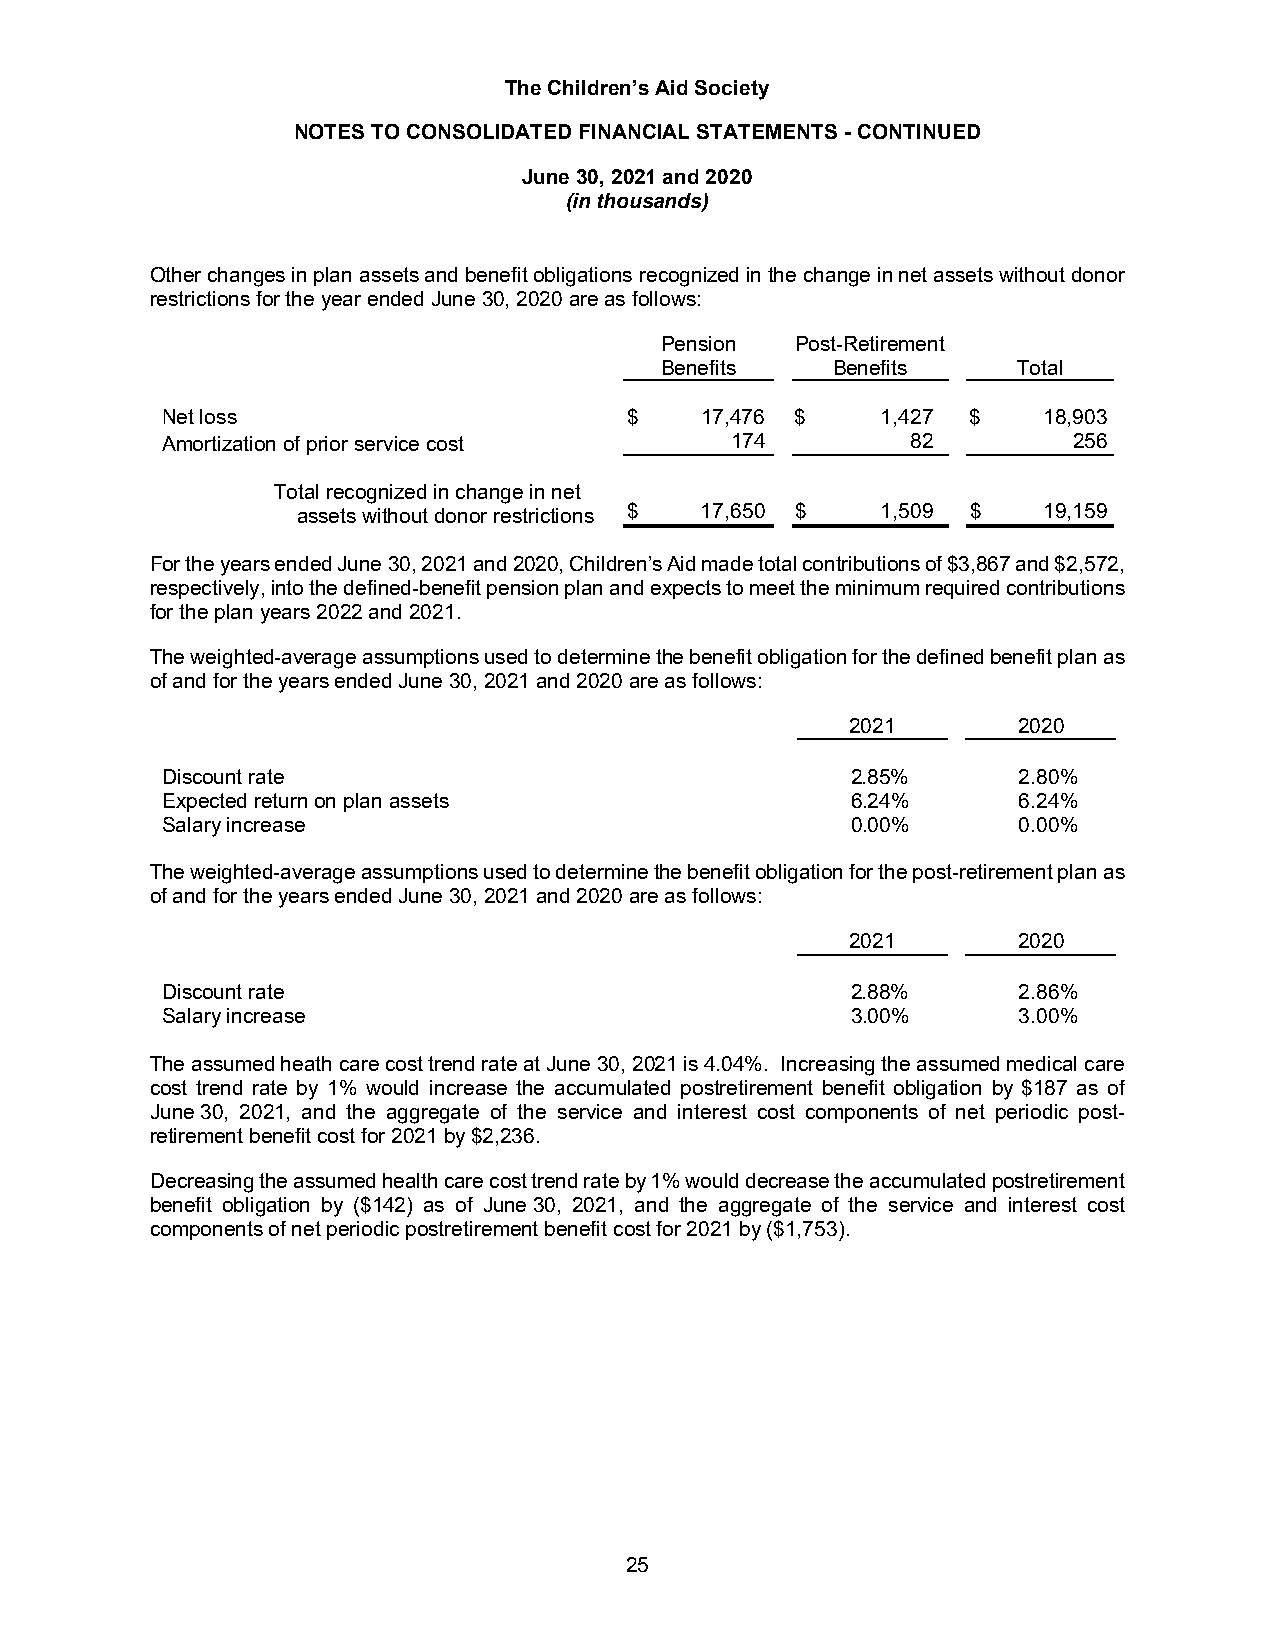
The Children’s Aid Society
 NOTES TO CONSOLIDATED FINANCIAL STATEMENTS - CONTINUED
 June 30, 2021 and 2020
 (in thousands)
 Other changes in plan assets and benefit obligations recognized in the change in net assets without donor
 restrictions for the year ended June 30, 2020 are as follows:
 Pension  Post-Retirement
 Benefits   Benefits    Total
 Net loss                       $   17,476 $    1,427 $    18,903
 Amortization of prior service cost   174         82         256
 Total recognized in change in net
 assets without donor restrictions $ 17,650 $ 1,509 $ 19,159
 For the years ended June 30, 2021 and 2020, Children’s Aid made total contributions of $3,867 and $2,572,
 respectively, into the defined-benefit pension plan and expects to meet the minimum required contributions
 for the plan years 2022 and 2021.
 The weighted-average assumptions used to determine the benefit obligation for the defined benefit plan as
 of and for the years ended June 30, 2021 and 2020 are as follows:
 2021       2020
 Discount rate                                2.85%      2.80%
 Expected return on plan assets               6.24%      6.24%
 Salary increase                              0.00%      0.00%
 The weighted-average assumptions used to determine the benefit obligation for the post-retirement plan as
 of and for the years ended June 30, 2021 and 2020 are as follows:
 2021       2020
 Discount rate                                2.88%      2.86%
 Salary increase                              3.00%      3.00%
 The assumed heath care cost trend rate at June 30, 2021 is 4.04%. Increasing the assumed medical care
 cost trend rate by 1% would increase the accumulated postretirement benefit obligation by $187 as of
 June 30, 2021, and the aggregate of the service and interest cost components of net periodic post-
 retirement benefit cost for 2021 by $2,236.
 Decreasing the assumed health care cost trend rate by 1% would decrease the accumulated postretirement
 benefit obligation by ($142) as of June 30, 2021, and the aggregate of the service and interest cost
 components of net periodic postretirement benefit cost for 2021 by ($1,753).
 25